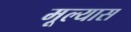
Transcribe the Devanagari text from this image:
मूल्यास